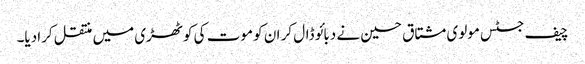
چیف جسٹس مولوی مشتاق حسین نے دبائو ڈال کر ان کو موت کی کوٹھڑی میں منتقل کرادیا۔